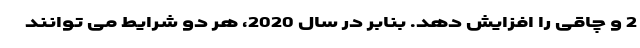
2 و چاقی را افزایش دهد. بنابر در سال 2020، هر دو شرایط می توانند